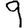
Digit: 9